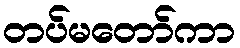
တပ်မတော်ကာ